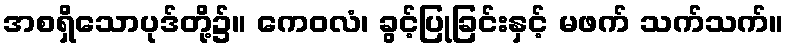
အစရှိသောပုဒ်တို့၌။ ကေဝလံ၊ ခွင့်ပြုခြင်းနှင့် မဖက် သက်သက်။